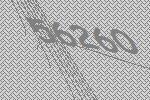
56260